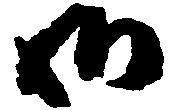
御